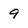
Character: 9